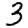
Digit: 3